Report on the working of the mental hospitals for Indians in Bihar and Orissa - 1925-1929
Year: 1925
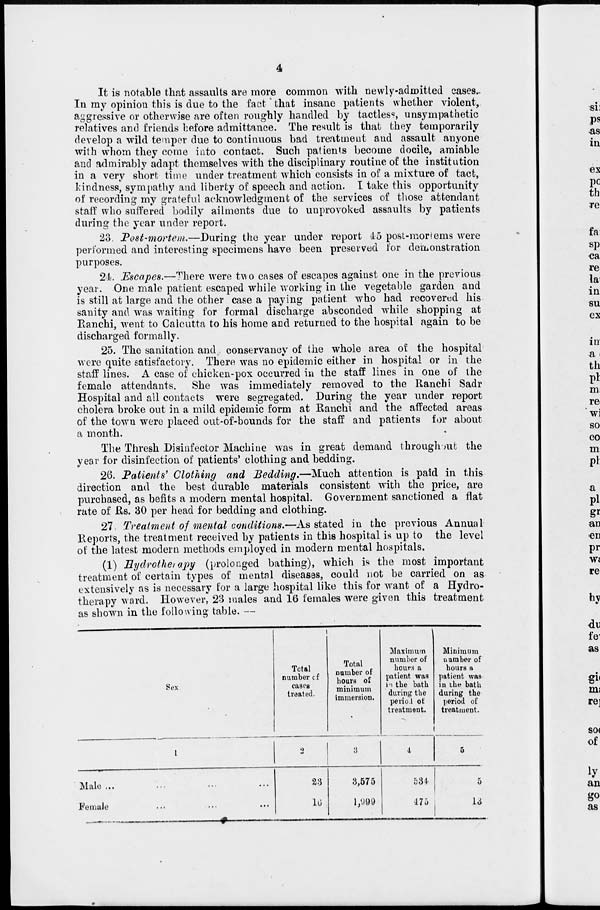
4
It is notable that assaults are more common with newly-admitted cases.
In my opinion this is due to the fact that insane patients whether violent,
aggressive or otherwise are often roughly handled by tactless, unsympathetic
relatives and friends before admittance. The result is that they temporarily
develop a wild temper due to continuous bad treatment and assault anyone
with whom they come into contact. Such patients become docile, amiable
and admirably adapt themselves with the disciplinary routine of the institution
in a very short time under treatment which consists in of a mixture of tact,
kindness, sympathy and liberty of speech and action. I take this opportunity
of recording my grateful acknowledgment of the services of those attendant
staff who suffered bodily ailments due to unprovoked assaults by patients
during the year under report.
23 Post-mortem.—During the year under report 45 post-mortems were
performed and interesting specimens have been preserved for demonstration
purposes.
24. Escapes.—There were two cases of escapes against one in the previous
year. One male patient escaped while working in the vegetable garden and
is still at large and the other case a paying patient who had recovered his
sanity and was waiting for formal discharge absconded while shopping at
Ranchi, went to Calcutta to his home and returned to the hospital again to be
discharged formally.
25. The sanitation and conservancy of the whole area of the hospital
were quite satisfactory. There was no epidemic either in hospital or in the
staff lines. A case of chicken-pox occurred in the staff lines in one of the
female attendants. She was immediately removed to the Ranchi Sadr
Hospital and all contacts were segregated. During the year under report
cholera broke out in a mild epidemic form at Ranchi and the affected areas
of the town were placed out-of-bounds for the staff and patients for about
a month.
The Thresh Disinfector Machine was in great demand throughout the
year for disinfection of patients' clothing and bedding.
26. Patients' Clothing and Bedding.—Much attention is paid in this
direction and the best durable materials consistent with the price, are
purchased, as befits a modern mental hospital. Government sanctioned a flat
rate of Rs. 30 per head for bedding and clothing.
27. Treatment of mental conditions.—As stated in the previous Annual
Reports, the treatment received by patients in this hospital is up to the level
of the latest modern methods employed in modern mental hospitals.
(1) Hydrotherapy
(prolonged bathing), which is the most important
treatment of certain types of mental diseases, could not be carried on as
extensively as is necessary for a large hospital like this for want of a Hydro-
therapy ward. However, 23 males and 16 females were given this treatment
as shown in the following table. —
Sex
1
Male ... ... ... ...
Female ... ... ... ...
Total
number of
cases
treated.
2
23
16
Total
number of
hours of
minimum
immersion.
3
3,575
1,999
Maximum
number of
hours a
patient was
in the bath
during the
period of
treatment.
4
534
475
Minimum
number of
hours a
patient was
in the bath
during the
period of
treatment.
5
5
13